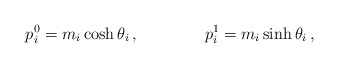
\begin{align*}p_{i}^{0}=m_{i}\cosh\theta_{i}\,,\qquad\qquad p_{i}^{1}=m_{i}\sinh\theta_{i}\,,\end{align*}